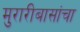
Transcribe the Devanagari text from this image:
मुरारीबासांचा